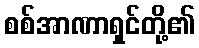
စစ်အာဏာရှင်တို့၏